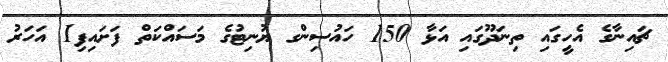
ޗައިނާގެ އެހީގައި ތިނަދޫގައި އަޅާ 150 ހައުސިންގ ޔުނިޓުގެ މަސައްކަތް ފަށައިފި1 އަހަރު